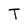
Character: T